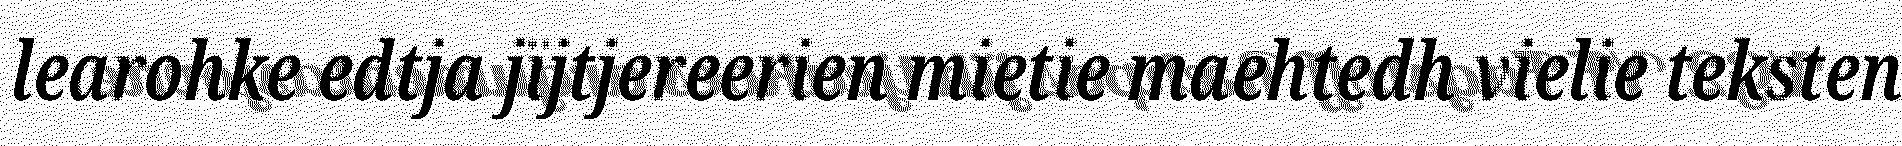
learohke edtja jïjtjereerien mietie maehtedh vielie teksten